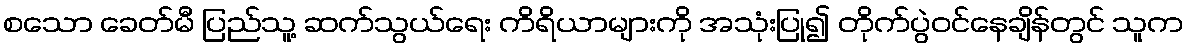
စသော ခေတ်မီ ပြည်သူ့ ဆက်သွယ်ရေး ကိရိယာများကို အသုံးပြု၍ တိုက်ပွဲဝင်နေချိန်တွင် သူက